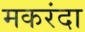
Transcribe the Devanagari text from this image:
मकरंदा